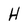
Character: H